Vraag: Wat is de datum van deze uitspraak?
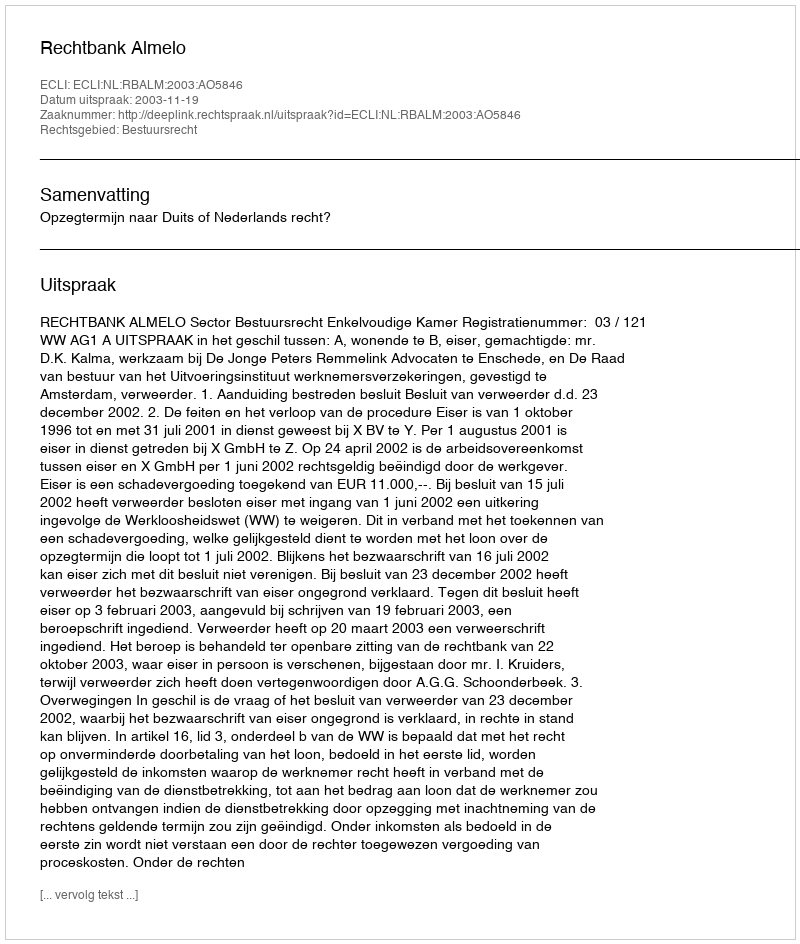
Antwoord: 2003-11-19